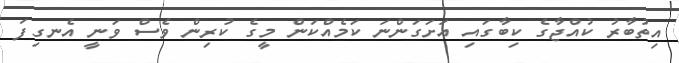
އިތުބާރު ކުއްޖާގެ ކިބާގައި އަށަގަންނަ ކަމެއްކަން މީގެ ކުރިން ވެސް ވަނީ އެނގިފަ